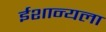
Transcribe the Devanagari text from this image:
ईशान्यला